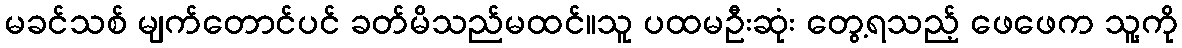
မခင်သစ် မျက်တောင်ပင် ခတ်မိသည်မထင်။သူ ပထမဦးဆုံး တွေ့ရသည့် ဖေဖေက သူ့ကို